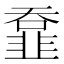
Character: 𩐄